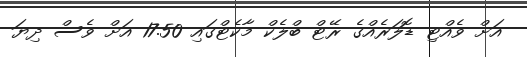
އަށް ވެއްޓި ޑޮލަރެއްގެ ރޭޓް ބްލެކް މާކެޓްގައި 17.50 އަށް ވެސް ދިޔަ